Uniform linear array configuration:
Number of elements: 8
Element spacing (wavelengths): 0.5
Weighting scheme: uniform
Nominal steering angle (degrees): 0
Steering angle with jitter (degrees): -1.323
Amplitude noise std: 0.05
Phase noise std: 0.05

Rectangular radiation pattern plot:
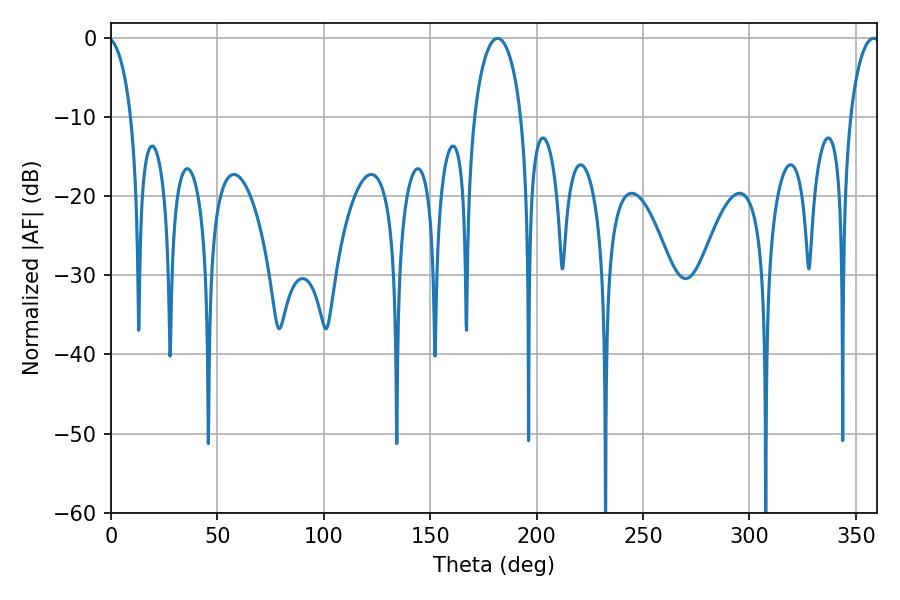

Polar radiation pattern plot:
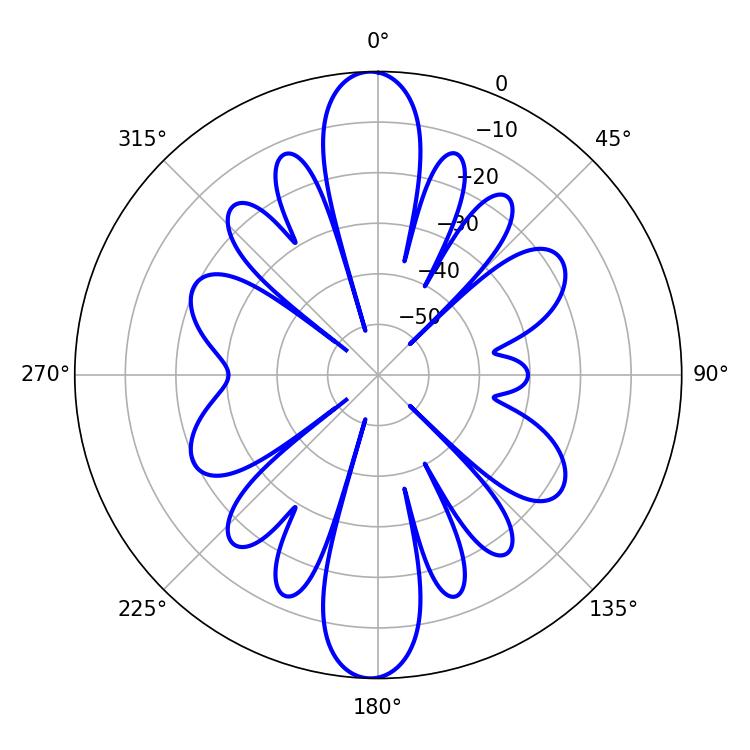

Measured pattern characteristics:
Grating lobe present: FALSE
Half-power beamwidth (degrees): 12.6
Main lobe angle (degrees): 181.62